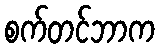
စက်တင်ဘာက